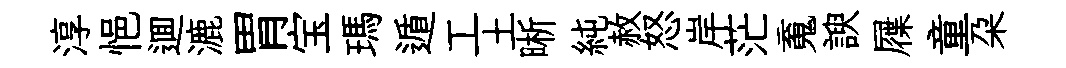
淳悒逥漉胃宝瑪遁工土晰純赦怒岸茫䰟諛屧童朶